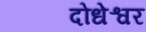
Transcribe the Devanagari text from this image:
दोधेश्वर